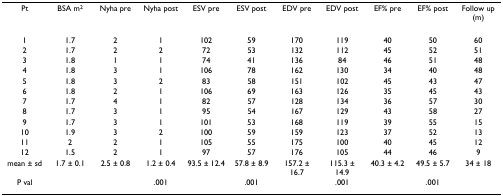
<table><thead><tr><td><b>Pt</b></td><td><b>BSA m<sup>2</sup></b></td><td><b>Nyha pre</b></td><td><b>Nyha post</b></td><td><b>ESV pre</b></td><td><b>ESV post</b></td><td><b>EDV pre</b></td><td><b>EDV post</b></td><td><b>EF% pre</b></td><td><b>EF% post</b></td><td><b>Follow up (m)</b></td></tr></thead><tbody><tr><td>1</td><td>1.7</td><td>2</td><td>1</td><td>102</td><td>59</td><td>170</td><td>119</td><td>40</td><td>50</td><td>60</td></tr><tr><td>2</td><td>1.7</td><td>2</td><td>2</td><td>72</td><td>53</td><td>132</td><td>112</td><td>45</td><td>52</td><td>51</td></tr><tr><td>3</td><td>1.8</td><td>1</td><td>1</td><td>74</td><td>41</td><td>136</td><td>84</td><td>46</td><td>51</td><td>48</td></tr><tr><td>4</td><td>1.8</td><td>3</td><td>1</td><td>106</td><td>78</td><td>162</td><td>130</td><td>34</td><td>40</td><td>48</td></tr><tr><td>5</td><td>1.8</td><td>3</td><td>2</td><td>83</td><td>58</td><td>151</td><td>102</td><td>45</td><td>43</td><td>47</td></tr><tr><td>6</td><td>1.8</td><td>2</td><td>1</td><td>106</td><td>69</td><td>163</td><td>126</td><td>35</td><td>45</td><td>43</td></tr><tr><td>7</td><td>1.7</td><td>4</td><td>1</td><td>82</td><td>57</td><td>128</td><td>134</td><td>36</td><td>57</td><td>30</td></tr><tr><td>8</td><td>1.7</td><td>3</td><td>1</td><td>95</td><td>54</td><td>167</td><td>129</td><td>43</td><td>58</td><td>27</td></tr><tr><td>9</td><td>1.7</td><td>3</td><td>1</td><td>101</td><td>53</td><td>168</td><td>119</td><td>39</td><td>55</td><td>15</td></tr><tr><td>10</td><td>1.9</td><td>3</td><td>2</td><td>100</td><td>59</td><td>159</td><td>123</td><td>37</td><td>52</td><td>13</td></tr><tr><td>11</td><td>2</td><td>2</td><td>1</td><td>105</td><td>55</td><td>175</td><td>100</td><td>40</td><td>45</td><td>12</td></tr><tr><td>12</td><td>1.5</td><td>2</td><td>1</td><td>97</td><td>57</td><td>176</td><td>105</td><td>44</td><td>46</td><td>9</td></tr><tr><td>mean ± sd</td><td>1.7 ± 0.1</td><td>2.5 ± 0.8</td><td>1.2 ± 0.4</td><td>93.5 ± 12.4</td><td>57.8 ± 8.9</td><td>157.2 ± 16.7</td><td>115.3 ± 14.9</td><td>40.3 ± 4.2</td><td>49.5 ± 5.7</td><td>34 ± 18</td></tr><tr><td>P val</td><td></td><td></td><td>.001</td><td></td><td>.001</td><td></td><td>.001</td><td></td><td>.001</td><td></td></tr></tbody></table>